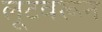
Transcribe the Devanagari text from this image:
लूटवरून